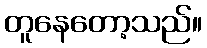
တူနေတော့သည်။